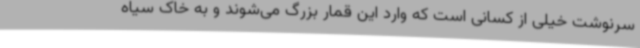
سرنوشت خیلی از کسانی است که وارد این قمار بزرگ می‌شوند و به خاک سیاه